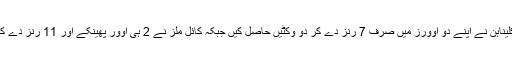
اسٹرائیک باؤلر مچل میک کلیناہن نے اپنے دو اوورز میں صرف 7 رنز دے کر دو وکٹیں حاصل کیں جبکہ کائل ملز نے 2 ہی اوور پھینکے اور 11 رنز دے کر ایک کھلاڑی کو آؤٹ کیا۔